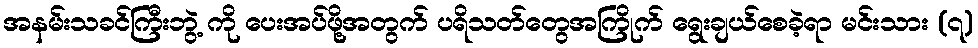
အနမ်းသခင်ကြီးဘွဲ့ ကို ပေးအပ်ဖို့အတွက် ပရိသတ်တွေအကြိုက် ရွေးချယ်စေခဲ့ရာ မင်းသား (၇)